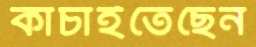
কাচাইতেছেন